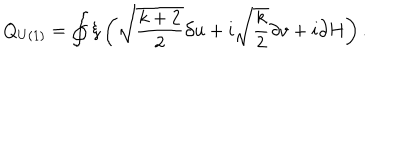
Q _ { U ( 1 ) } = \oint \xi \left( \sqrt { \frac { k + 2 } { 2 } } \partial u + i \sqrt { \frac { k } { 2 } } \partial v + i \partial H \right) .